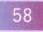
58